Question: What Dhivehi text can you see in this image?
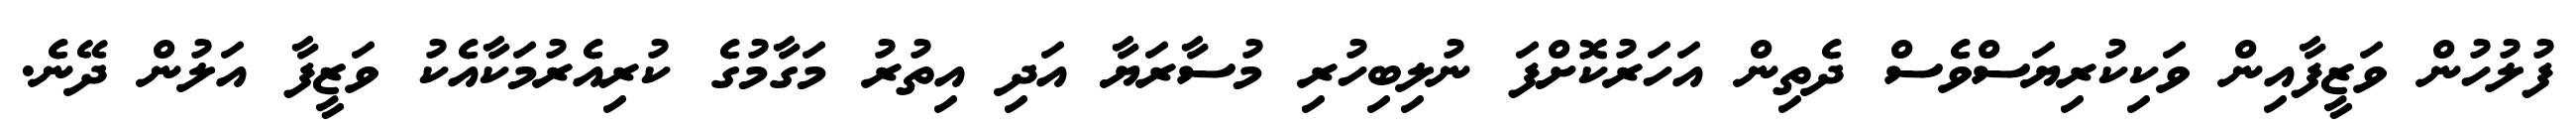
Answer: ފުލުހުން ވަޒީފާއިން ވަކިކުރިޔަސްވެސް ދެތިން އަހަރުކޮށްފަ ނުލިބިހުރި މުސާރަޔާ އަދި އިތުރު މަގާމުގެ ކުރިއެރުމަކާއެކު ވަޒީފާ އަލުން ދޭނެ.